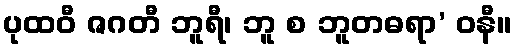
ပုထဝီ ဇဂတီ ဘူရီ၊ ဘူ စ ဘူတဓရာ’ ဝနီ။